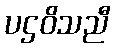
ပဌဝိသညီ